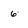
Character: 6